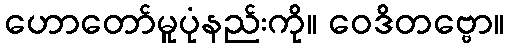
ဟောတော်မူပုံနည်းကို။ ဝေဒိတဗ္ဗော။